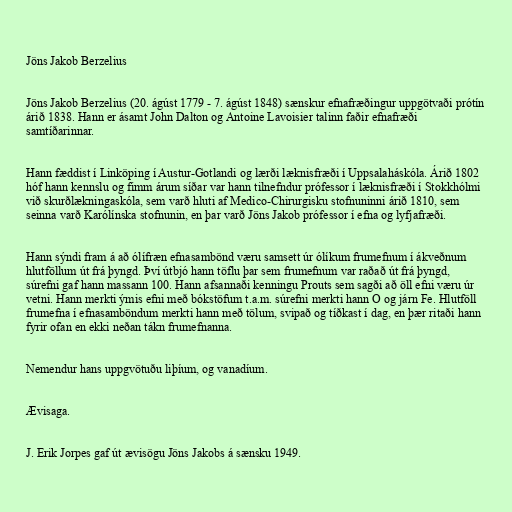
Jöns Jakob Berzelius

Jöns Jakob Berzelius (20. ágúst 1779 - 7. ágúst 1848) sænskur efnafræðingur uppgötvaði prótín
árið 1838. Hann er ásamt John Dalton og Antoine Lavoisier talinn faðir efnafræði
samtíðarinnar.

Hann fæddist í Linköping í Austur-Gotlandi og lærði læknisfræði í Uppsalaháskóla. Árið 1802
hóf hann kennslu og fimm árum síðar var hann tilnefndur prófessor í læknisfræði í Stokkhólmi
við skurðlækningaskóla, sem varð hluti af Medico-Chirurgisku stofnuninni árið 1810, sem
seinna varð Karólínska stofnunin, en þar varð Jöns Jakob prófessor í efna og lyfjafræði.

Hann sýndi fram á að ólífræn efnasambönd væru samsett úr ólíkum frumefnum í ákveðnum
hlutföllum út frá þyngd. Því útbjó hann töflu þar sem frumefnum var raðað út frá þyngd,
súrefni gaf hann massann 100. Hann afsannaði kenningu Prouts sem sagði að öll efni væru úr
vetni. Hann merkti ýmis efni með bókstöfum t.a.m. súrefni merkti hann O og járn Fe. Hlutföll
frumefna í efnasamböndum merkti hann með tölum, svipað og tíðkast í dag, en þær ritaði hann
fyrir ofan en ekki neðan tákn frumefnanna.

Nemendur hans uppgvötuðu liþíum, og vanadíum.

Ævisaga.

J. Erik Jorpes gaf út ævisögu Jöns Jakobs á sænsku 1949.